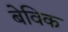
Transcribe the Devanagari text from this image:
बेविक